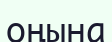
оңына